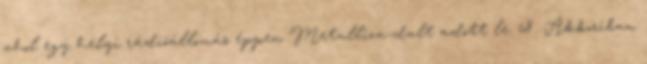
ahol egy helyi rádióállomás éppen Metallica-dalt adott le. 68 Akkoriban